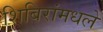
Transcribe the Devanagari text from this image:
शिबिरांमधले